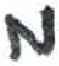
אות: מ